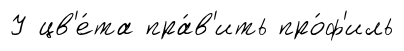
У цв'е́та пра́в'ить про́ф'иль